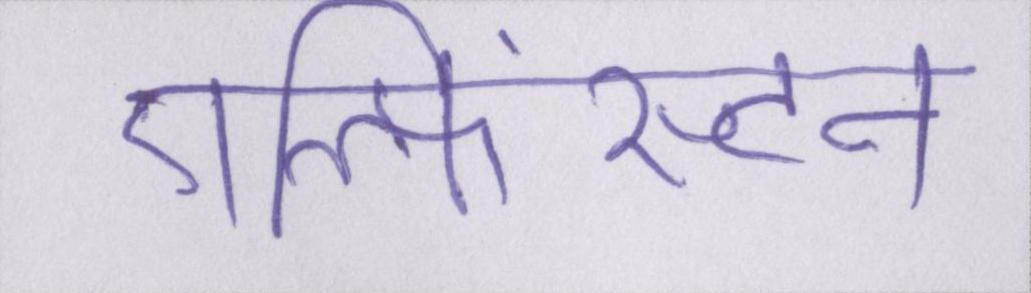
एल्फिंस्टन